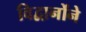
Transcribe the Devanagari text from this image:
विद्वानोंने